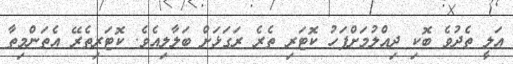
އަލީ ތެދުވެ ބޮކި ދިއްލުމަށްފަހު ކޮޓަރި ތެރެ ރަގަޅަށް ބަލާލިއެވެ. ކޮޓަރިތެރޭ އެތަންމިތާ